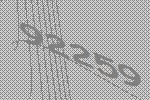
92259